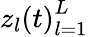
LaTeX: {z_{l}(t)}_{l=1}^{L}